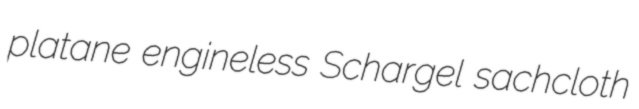
platane engineless Schargel sachcloth